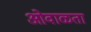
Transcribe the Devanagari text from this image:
ओवाळता